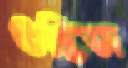
উদ্ভিজ